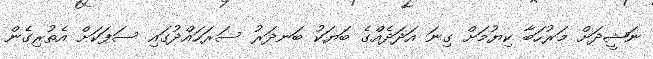
ނަޝީދަށް މަރުހަބާ ކިޔުމަށް ގިނަ އަދަދެއްގެ ބަޔަކު ބަނދަރު ސަރަހައްދުގައި ސަފަކަށް އެތުރިގެން